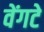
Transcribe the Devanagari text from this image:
वेंगटे